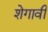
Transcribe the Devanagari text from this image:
शेगावी